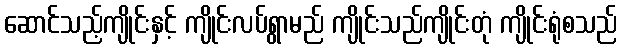
ဆောင်သည့်ကျိုင်းနှင့် ကျိုင်းလပ်ရွာမည် ကျိုင်းသည်ကျိုင်းတုံ ကျိုင်းရုံစသည်